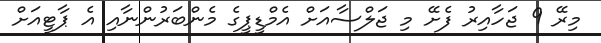
މިރޭ 9 ޖަހާއިރު ފެށޭ މި ޖަލްސާއަށް އެމްޑީޕީގެ މެންބަރުންނާއި އެ ޕާޓީއަށް